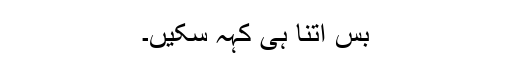
بس اتنا ہی کہہ سکیں۔